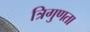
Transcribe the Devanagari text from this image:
त्रिगुणता